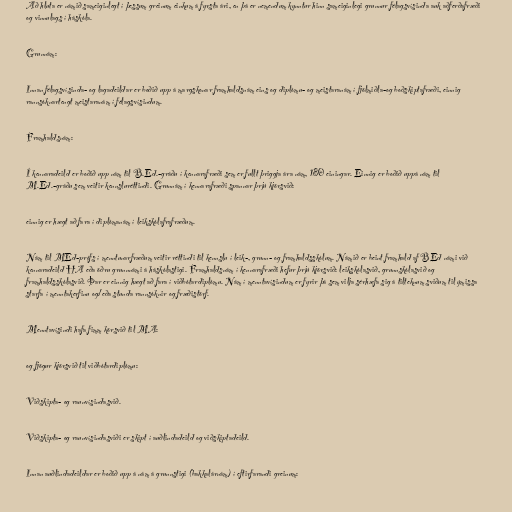
Að hluta er námið sameiginlegt í þessum greinum einkum á fyrsta ári, en þá er nemendum kynntur hinn sameiginlegi grunnur félagsvísinda auk aðferðafræði
og vinnulags í háskóla.

Grunnám:

Innan félagsvísinda- og lagadeildar er boðið upp á margskonar framhaldsnám eins og diplómu- og meistaranám í fjölmiðla-og boðskiptafræði, einnig
rannsóknartengt meistaranám í félagsvísindum.

Framhaldsnám:

Í kennaradeild er boðið upp nám til B.Ed.-gráðu í kennarafræði sem er fullt þriggja ára nám, 180 einingar. Einnig er boðið uppá nám til
M.Ed.-gráðu sem veitir kennsluréttindi. Grunnám í kennarafræði spannar þrjú kjörsvið:

einnig er hægt að fara í diplómanám í leikskólafrafræðum.

Nám til MEd-prófs í menntunarfræðum veitir réttindi til kennslu í leik-, grunn- og framhaldsskólum. Námið er beint framhald af BEd námi við
kennaradeild HA eða öðru grunnnámi á háskólastigi. Framhaldsnám í kennarafræði hefur þrjú kjörsvið: leikskólasvið, grunnskólasvið og
framhaldsskólasvið. Þar er einnig hægt að fara í viðbótardiplómu. Nám í menntavísindum er fyrir þá sem vilja sérhæfa sig á tilteknum sviðum til ýmissa
starfa í menntakerfinu og/eða stunda rannsóknir og fræðistörf.

Menntavísindi hafa fimm körsvið til MA:

og fjögur kjörsvið til viðbótardiplómu:

Viðskipta- og raunvísindasvið.

Viðskipta- og raunvísindasviði er skipt í auðlindadeild og viðskiptadeild.

Innan auðlindadeildar er boðið upp á nám á grunnstigi (bakkalárnám) í eftirfarandi greinum: